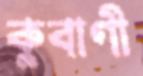
কুবাণী